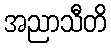
အညာသီတိ